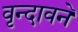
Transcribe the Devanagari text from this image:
वृन्दावने